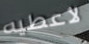
لأعطيه